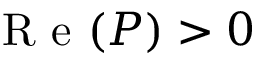
\textnormal { R e } ( P ) > 0